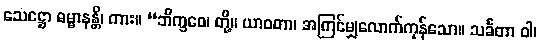
သေဋ္ဌော ဓမ္မာနန္တိ၊ ကား။ “ဘိက္ခဝေ၊ တို့။ ယာဝတာ၊ အကြင်မျှလောက်ကုန်သော။ သင်္ခတာ ဝါ၊